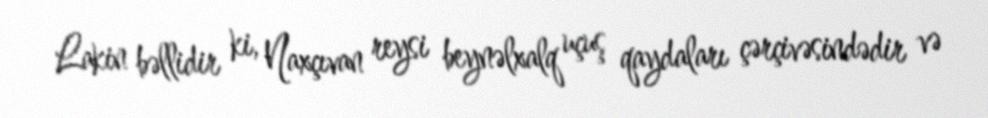
Lakin bəllidir ki, Naxçıvan reysi beynəlxalq uçuş qaydaları çərçivəsindədir və